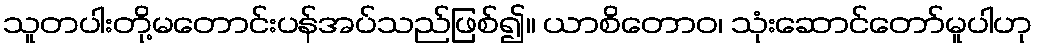
သူတပါးတို့မတောင်းပန်အပ်သည်ဖြစ်၍။ ယာစိတောဝ၊ သုံးဆောင်တော်မူပါဟု